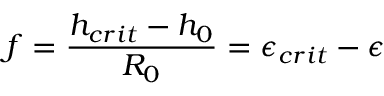
f = \frac { h _ { c r i t } - h _ { 0 } } { R _ { 0 } } = { \epsilon } _ { c r i t } - { \epsilon }